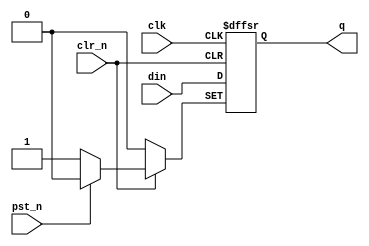
/********************************************************************************
*   D style flip flop.
*       inlcludes SET and RESET async inputs                                    *
********************************************************************************/
module  dff3 (
    input   clk,
    input   pst_n,
    input   clr_n,
    input   din,
    output  q);
//    ,output n_q);
    
    reg     qout;
    
always @(posedge(clk) or negedge(pst_n) or negedge(clr_n))
    if(pst_n == 1'b0)
        qout <= 1'b1;
    else if(clr_n == 1'b0)
        qout <= 1'b0;
    else //if(clk == 1'b1)
        qout <= din;
    
assign q = qout;
//assign n_q = !qout;

endmodule